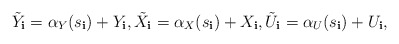
\begin{align*}\tilde{Y}_{\mathbf{i}}=\alpha_{Y}(s_{\mathbf{i}})+Y_{\mathbf{i}},\tilde{X}_{\mathbf{i}}=\alpha_{X}(s_{\mathbf{i}})+X_{\mathbf{i}},\tilde{U}_{\mathbf{i}}=\alpha_{U}(s_{\mathbf{i}})+U_{\mathbf{i}},\end{align*}